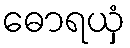
ဓောရယှံ